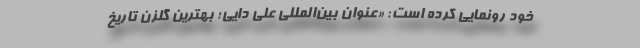
خود رونمایی کرده است: «عنوان بین‌المللی علی دایی؛ بهترین گلزن تاریخ